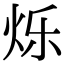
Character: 烁